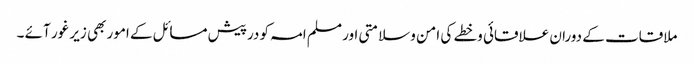
ملاقات کے دوران علاقائی وخطے کی امن وسلامتی اور مسلم امہ کو درپیش مسائل کے امور بھی زیر غور آئے ۔